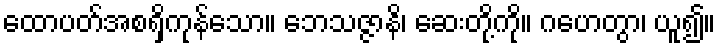
ထောပတ်အစရှိကုန်သော။ ဘေသဇ္ဇာနိ၊ ဆေးတို့ကို။ ဂဟေတွာ၊ ယူ၍။